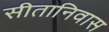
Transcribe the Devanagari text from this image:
सीतानिवास